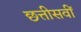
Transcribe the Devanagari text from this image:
छत्तीसवीं